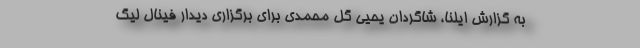
به گزارش ایلنا، شاگردان یحیی گل محمدی برای برگزاری دیدار فینال لیگ